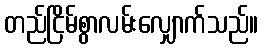
တည်ငြိမ်စွာလမ်းလျှောက်သည်။